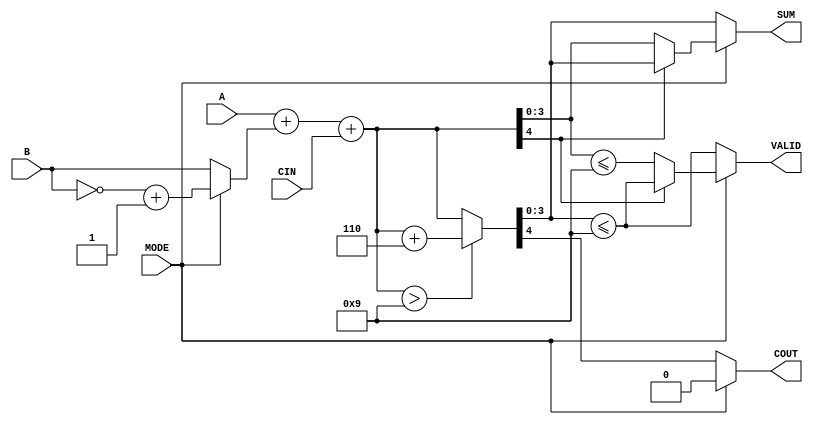
module BCD_Add_Subtracter (
    input  wire [3:0] A,      // 4-bit BCD input A
    input  wire [3:0] B,      // 4-bit BCD input B
    input  wire MODE,         // 1-bit control signal (0: add, 1: subtract)
    input  wire CIN,          // 1-bit carry-in for addition
    output reg  [3:0] SUM,    // 4-bit output for BCD result
    output reg  COUT,         // 1-bit carry-out
    output reg  VALID         // 1-bit signal indicating valid BCD output
);

    wire [4:0] result;        // 5-bit result for addition/subtraction
    wire [4:0] corrected_result;

    // Determine the operation
    wire [3:0] B_complement;
    assign B_complement = (MODE) ? ~B + 4'b0001 : B; // Two's complement for subtraction
    assign result = A + B_complement + CIN;

    // Check for addition correction
    assign corrected_result = (result > 9) ? (result + 5'd6) : result;

    always @(*) begin
        if (MODE == 0) begin // Addition
            {COUT, SUM} = corrected_result;
            VALID = (SUM <= 9);
        end else begin // Subtraction
            if (result[4] == 1'b1) begin // Negative result
                SUM = corrected_result[3:0]; // Correcting negative result
                VALID = (SUM <= 9);
                COUT = 1'b0; // No carry out in subtraction
            end else begin
                SUM = result[3:0];
                VALID = (SUM <= 9);
                COUT = 1'b0; // No carry out in subtraction
            end
        end
    end
endmodule